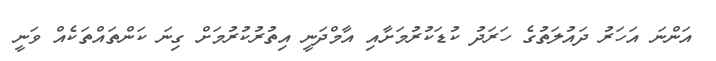
އަންނަ އަހަރު ދައުލަތުގެ ހަރަދު ކުޑަކުރުމަށާއި އާމްދަނީ އިތުރުކުރުމަށް ގިނަ ކަންތައްތަކެއް ވަނީ